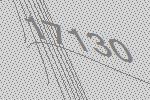
17130